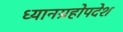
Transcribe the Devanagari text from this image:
ध्यानग्रहोपदेश